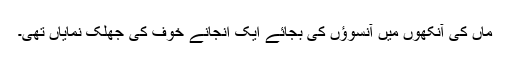
ماں کی آنکھوں میں آنسوؤں کی بجائے ایک انجانے خوف کی جھلک نمایاں تھی۔